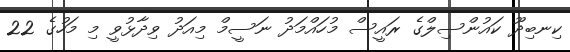
ކިނބިދޫ ކައުންސިލްގެ ރައީސް މުހައްމަދު ނަސީމް މިއަދު ވިދާޅުވީ މި މަހުގެ 22